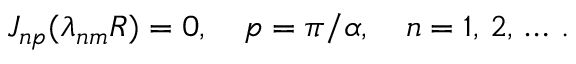
J _ { n p } ( \lambda _ { n m } R ) = 0 , \quad p = \pi / \alpha , \quad n = 1 , \, 2 , \, \ldots \, { . }